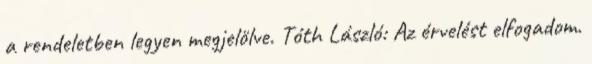
a rendeletben legyen megjelölve. Tóth László: Az érvelést elfogadom.